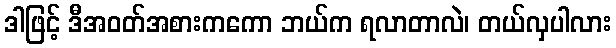
ဒါဖြင့် ဒီအဝတ်အစားကကော ဘယ်က ရလာတာလဲ၊ တယ်လှပါလား